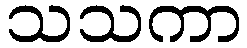
သသကာ